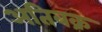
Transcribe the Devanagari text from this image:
अतिबक्र